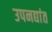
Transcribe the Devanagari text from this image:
उपनद्यांत